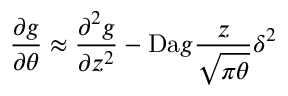
\frac { \partial g } { \partial \theta } \approx \frac { \partial ^ { 2 } g } { \partial z ^ { 2 } } - \mathrm { D a } g \frac { z } { \sqrt { \pi \theta } } \delta ^ { 2 }